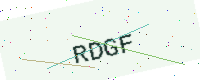
Text: RDGF